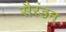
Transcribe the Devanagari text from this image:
सैरंडन